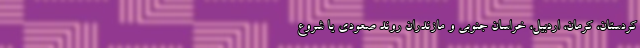
کردستان، کرمان، اردبیل، خراسان جنوبی و مازندران روند صعودی یا شروع